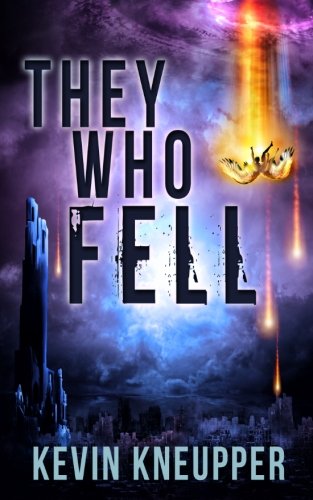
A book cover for They Who Fell (Volume 1); Kevin Kneupper; Science Fiction & Fantasy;